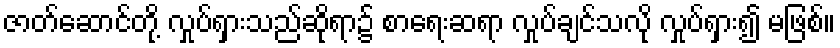
ဇာတ်ဆောင်တို့ လှုပ်ရှားသည်ဆိုရာ၌ စာရေးဆရာ လှုပ်ချင်သလို လှုပ်ရှား၍ မဖြစ်။